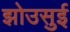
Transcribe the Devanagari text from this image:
झोउसुई